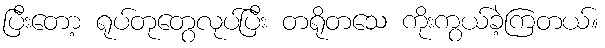
ပြီးတော့ ရုပ်တုတွေလုပ်ပြီး တရိုတသေ ကိုးကွယ်ခဲ့ကြတယ်။